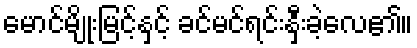
မောင်မျိုးမြင့်နှင့် ခင်မင်ရင်းနှီးခဲ့လေ၏။